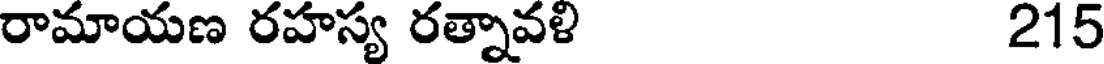
రామాయణ రహస్య రత్నావళి 215